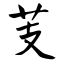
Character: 芰